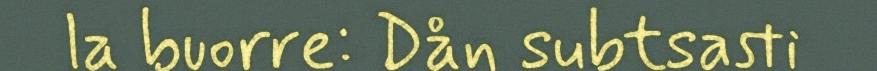
la buorre: Dån subtsasti